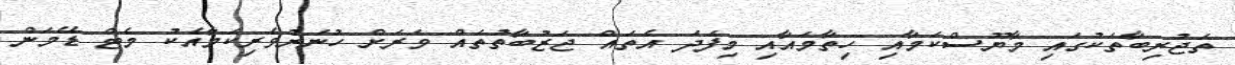
ތަޖުރިބާތަކުގައި މާޔޫސްކަމާއި ހިތާމައާއި މިފަދަ އެތައް ޖަޒުބާތުތައް ވަރަށް ހުނަރުވެރިކަމާއެކު މެޓް ޑޭމަން